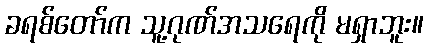
ခရစ်တော်က သူ့ဂုဏ်အသရေကို မရှာဘူး။